Indian journal of veterinary science and animal husbandry - Volumes 18-21, 1948-1951
Year: 1948
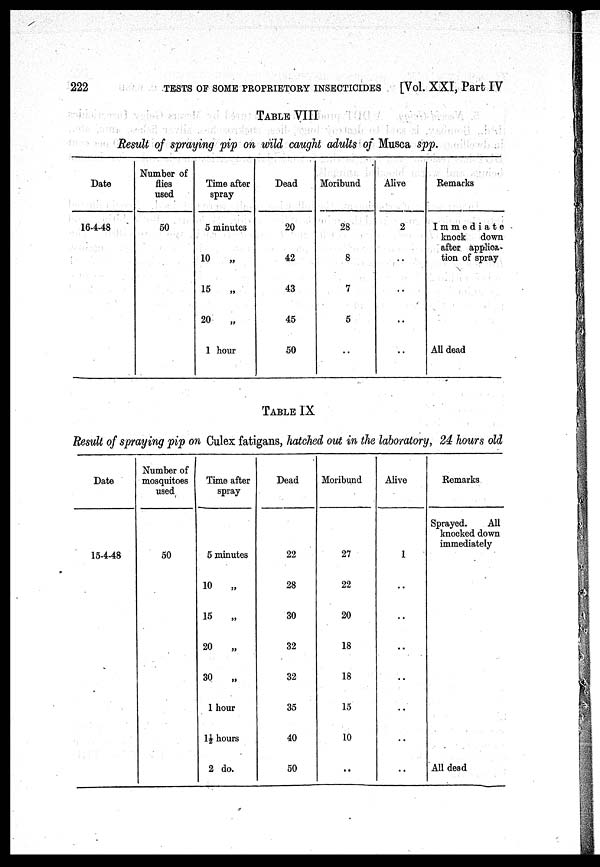
222
TESTS OF SOME PROPRIETORY INSECTICIDES
[Vol. XXI, Part IV
TABLE VIII
Result of spraying pip on wild caught adults of Musca spp.
Date
16-4-48
Number of
flies
used
50
Time after
spray
5 minutes
10
„
15 „
20
„
1 hour
Dead
20
42
43
45
50
Moribund
28
8
7
5
..
Alive
2
..
..
..
..
Remarks
Immediate
knock down
after applica-
tion of spray
All dead
TABLE IX
Result of spraying pip on Culex fatigans, hatched out in the laboratory, 24 hours old
Date
15-4-48
Number of
mosquitoes
used
50
Time after
spray
5 minutes
10 „
15 „
20 „
30
„
1 hour
l½ hours
2 do.
Dead
22
28
30
32
32
35
40
50
Moribund
27
22
20
18
18
15
10
..
Alive
1
..
..
..
..
..
..
..
Remarks
Sprayed.
All
knocked down
immediately
All dead